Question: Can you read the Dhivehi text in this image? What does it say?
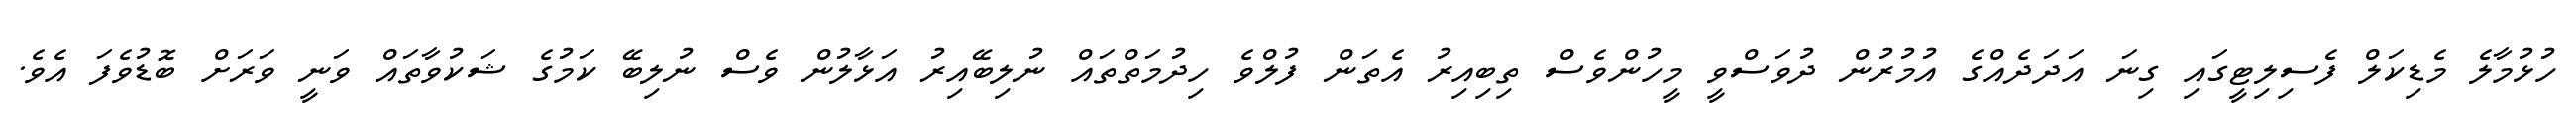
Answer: ހުޅުމާލެ މެޑިކަލް ފެސިލިޓީގައި ގިނަ އަދަދެއްގެ އުމުރުން ދުވަސްވީ މީހުންވެސް ތިބިއިރު އެތަން ފުލްވެ ހިދުމަތްތައް ނުލިބޭއިރު އަޅާލުން ވެސް ނުލިބޭ ކަމުގެ ޝަކުވާތައް ވަނީ ވަރަށް ބޮޑުވެފަ އެވެ.